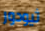
ثيودور